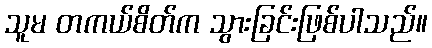
သူမ တကယ်စိတ်က သွားခြင်းဖြစ်ပါသည်။